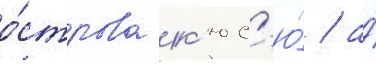
о́строва к'юс'ю́ / а́